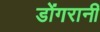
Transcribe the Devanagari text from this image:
डोंगरानी